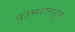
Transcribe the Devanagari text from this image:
कामशेतहून